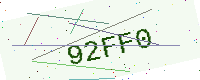
Text: 92FF0